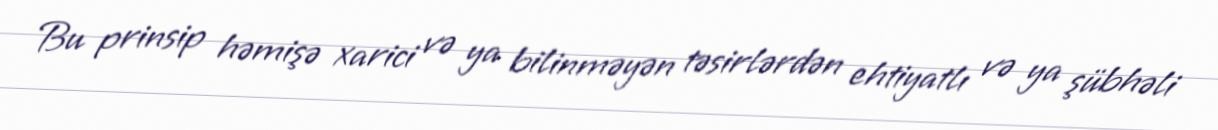
Bu prinsip həmişə xarici və ya bilinməyən təsirlərdən ehtiyatlı və ya şübhəli